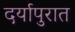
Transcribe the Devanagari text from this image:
दर्यापुरात